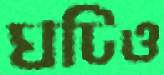
ঘটিও